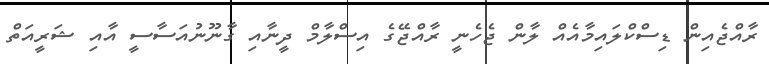
ރާއްޖެއިން ޑިސްކްލައިމާއެއް ލާން ޖެހެނީ ރާއްޖޭގެ އިސްލާމް ދީނާއި ގާނޫނުއަސާސީ އާއި ޝަރީއަތް